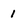
Character: I